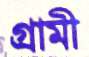
গ্রামী